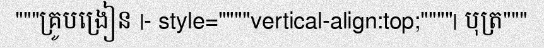
"""គ្រូបង្រៀន |- style=""""vertical-align:top;""""| បុត្រ"""